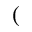
(